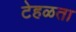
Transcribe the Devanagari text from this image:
टेहळता